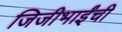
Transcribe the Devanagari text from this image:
जिजीभाईंची